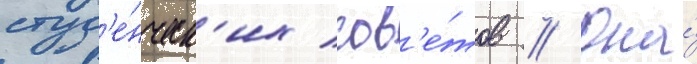
студ'е́нческ'их сов'е́тов // Она́